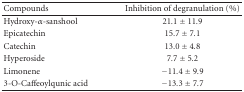
| Compounds | Inhibition of degranulation (%) |
 | --- | --- |
 | Hydroxy-α-sanshool | 21.1 ± 11.9 |
 | Epicatechin | 15.7 ± 7.1 |
 | Catechin | 13.0 ± 4.8 |
 | Hyperoside | 7.7 ± 5.2 |
 | Limonene | −11.4 ± 9.9 |
 | 3-O-Caffeoylqunic acid | −13.3 ± 7.7 |